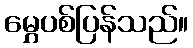
မွှေပစ်ပြန်သည်။